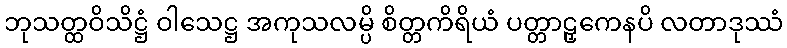
ဘုသတ္ထဝိသိဋ္ဌံ ဝါသေဋ္ဌ အကုသလမ္ပိ စိတ္တကိရိယံ ပတ္တာဠှကေနပိ လတာဒုဿံ